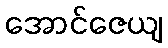
အောင်ဇေယျ